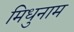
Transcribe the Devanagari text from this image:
मिधुनाम